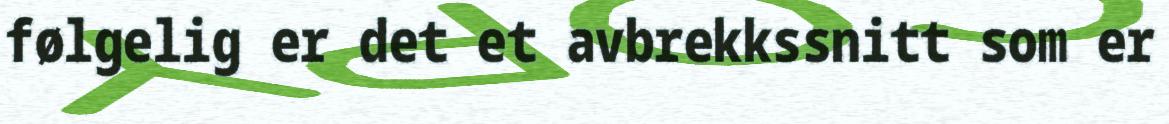
følgelig er det et avbrekkssnitt som er